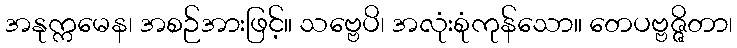
အနုက္ကမေန၊ အစဉ်အားဖြင့်။ သဗ္ဗေပိ၊ အလုံးစုံကုန်သော။ တေပဗ္ဗဇ္ဇိတာ၊